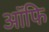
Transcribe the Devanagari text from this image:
ऑफि